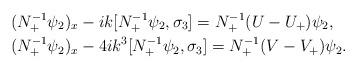
LaTeX: \begin{align*} &(N_{+}^{-1}\psi_2)_{x}-ik[N_{+}^{-1}\psi_2, \sigma_3]=N_{+}^{-1}(U-U_{+})\psi_2,\\ &(N_{+}^{-1}\psi_2)_{x}-4ik^3[N_{+}^{-1}\psi_2, \sigma_3]=N_{+}^{-1}(V-V_{+})\psi_2. \end{align*}